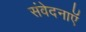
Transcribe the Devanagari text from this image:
संवेदनाऍं